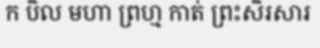
ក បិល មហា ព្រហ្ម កាត់ ព្រះសិរសារ